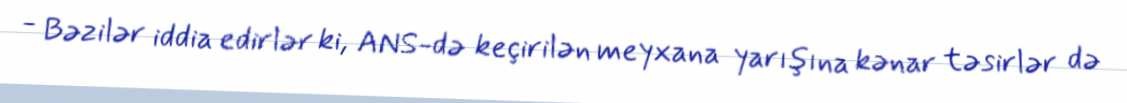
- Bəzilər iddia edirlər ki, ANS-də keçirilən meyxana yarışına kənar təsirlər də